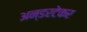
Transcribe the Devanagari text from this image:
अन्डरटेकर